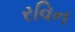
રવિન